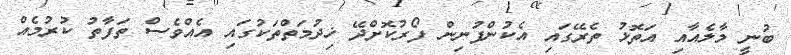
ބުނީ މާލެއާއި އަތޮޅު ތެރޭގައި އެކުންފުނިން ފޯރުކޮށްދޭ ޚިދުމަތްތަކުގައި އެއްވެސް ތަފާތު ކުރުމެއް